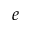
e